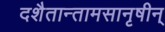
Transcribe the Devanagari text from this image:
दशैतान्तामसानृषीन्